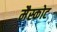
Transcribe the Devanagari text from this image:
मैस्कोट